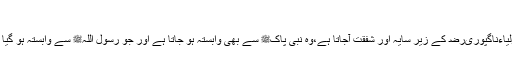
? بابا ملے،رسولﷺ ملے اور خدا ملے?
وہ جو حضرت سید محمد بابا تاج الدین اولیاءناگپوریﺭﺿ کے زیر سایہ اور شفقت آجاتا ہے،وہ نبی پاکﷺ سے بھی وابستہ ہو جاتا ہے اور جو رسول اللہﷺ سے وابستہ ہو گیا وہ اللہ جل جلالہ? سے بھی قریب ہو گیا۔